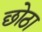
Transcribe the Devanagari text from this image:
छोठा